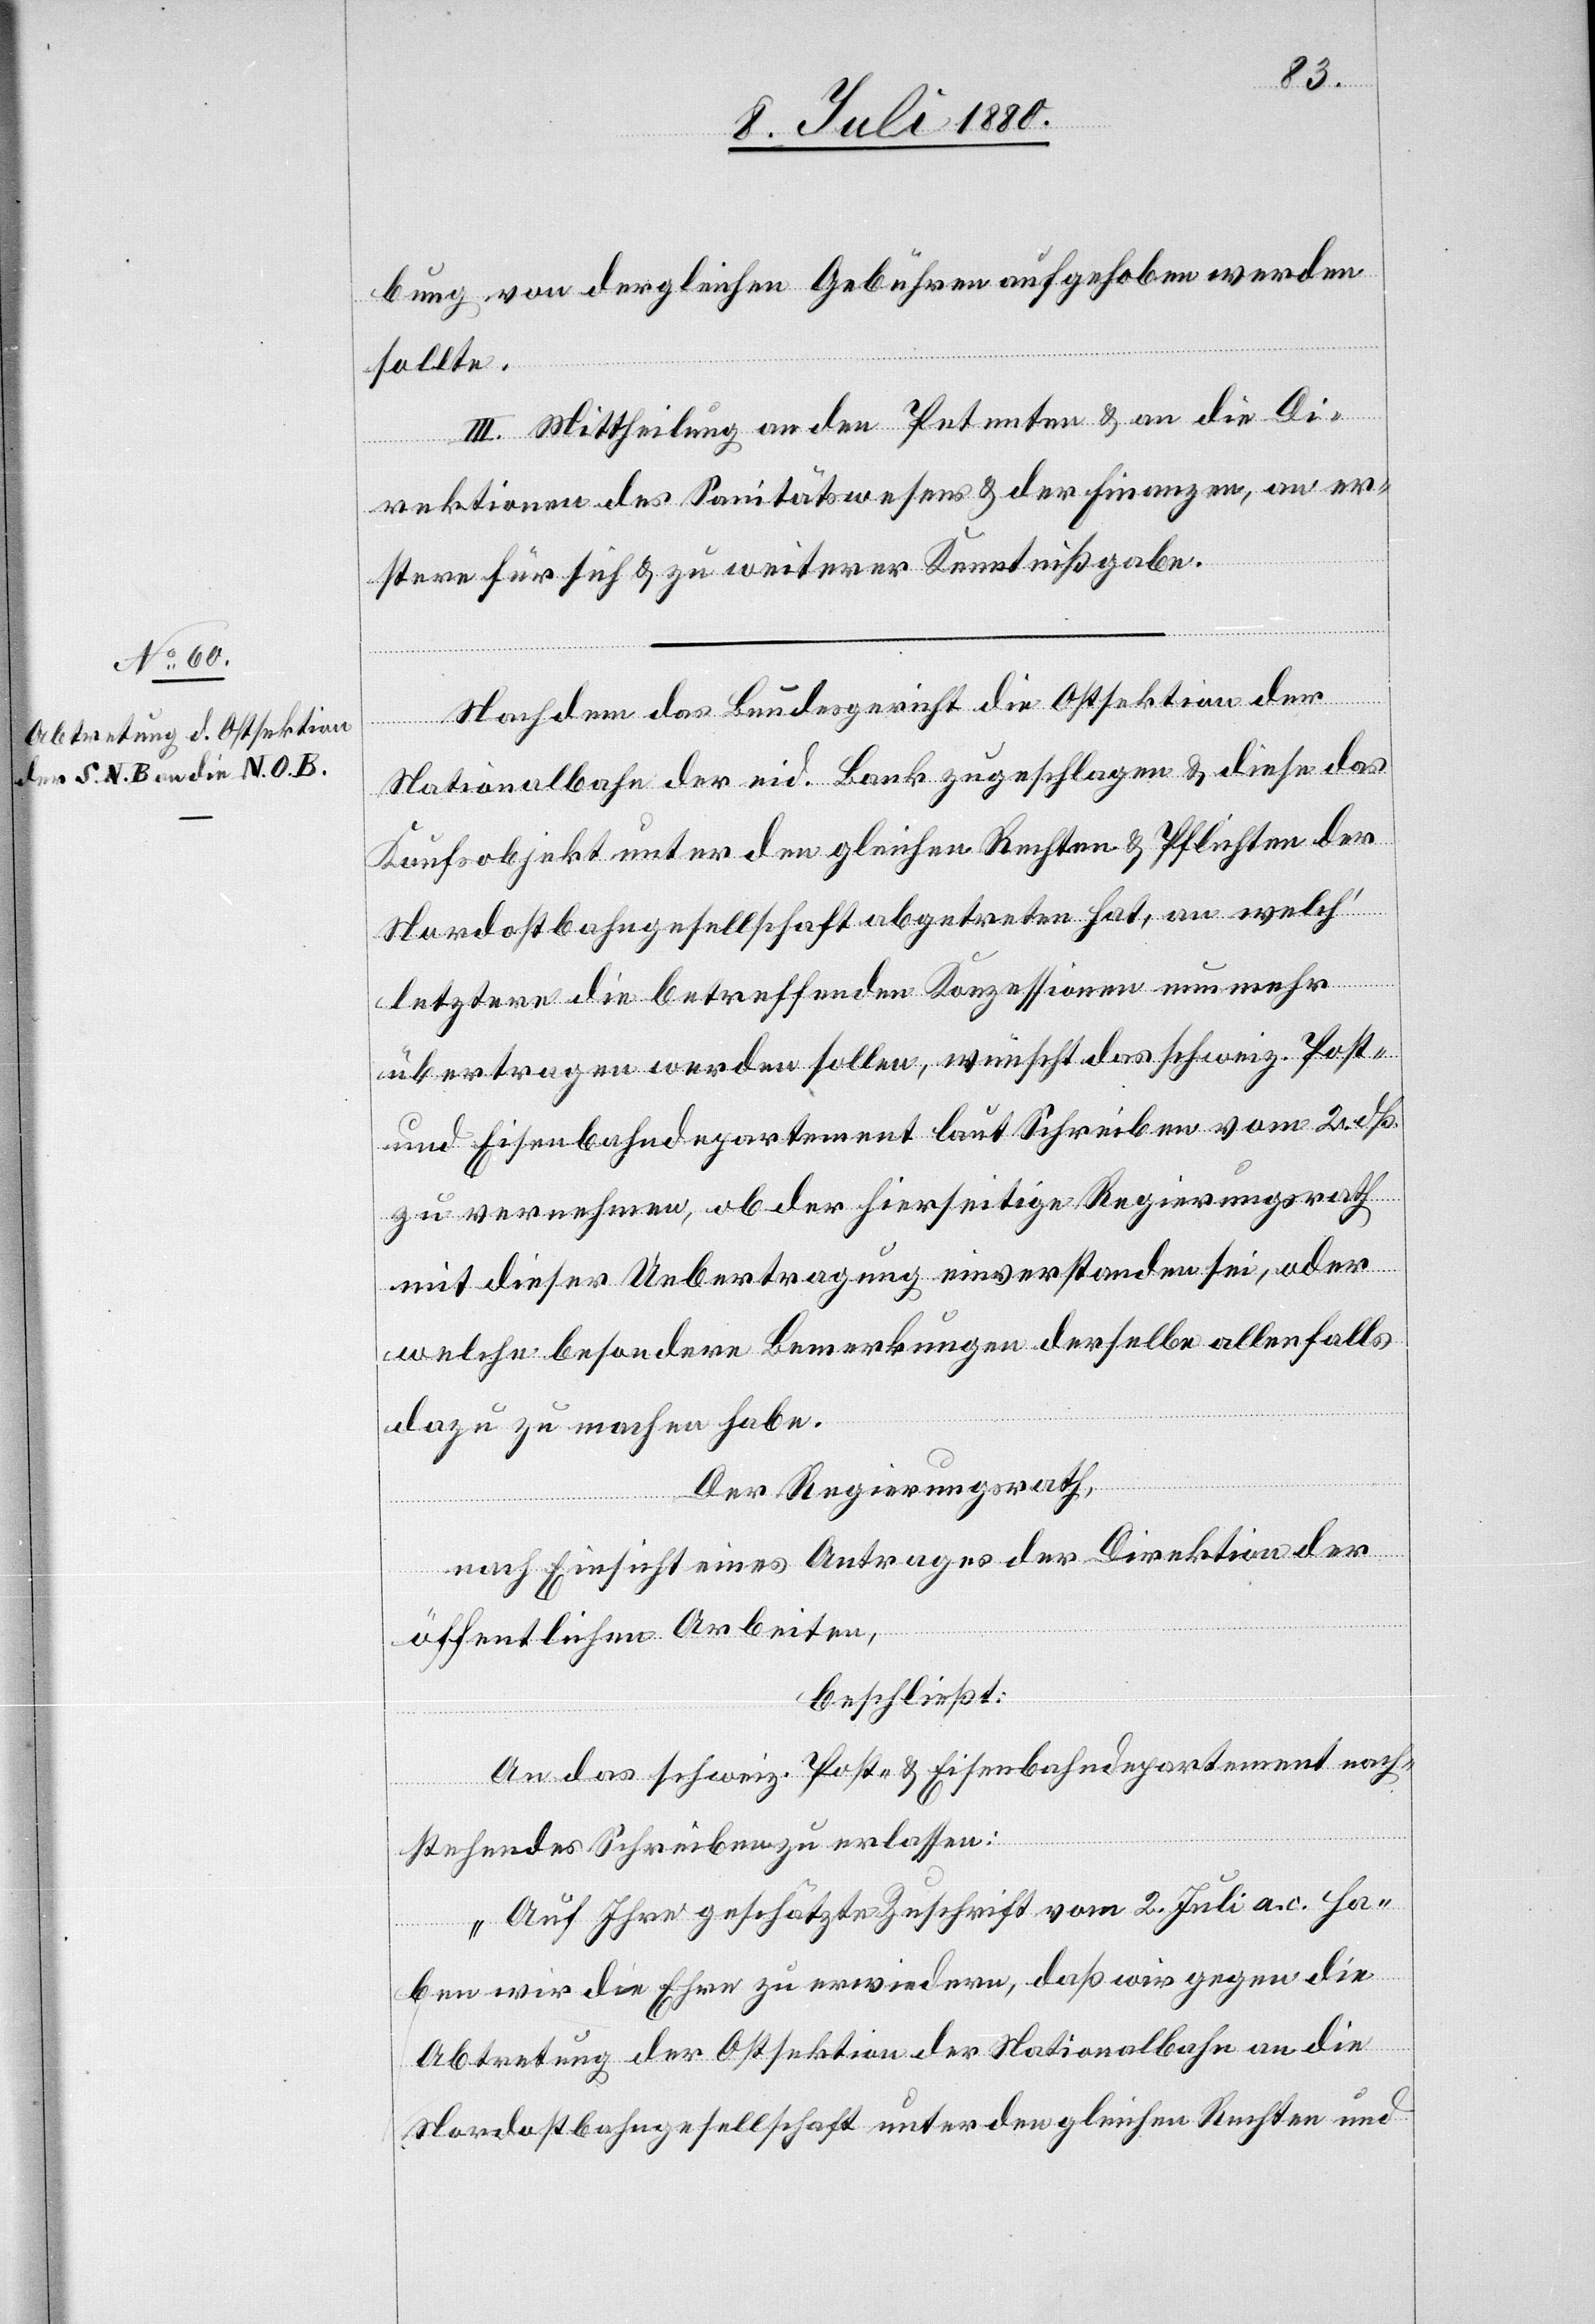
bung von dergleichen Gebühren aufgehoben werden
sollte.
III. Mittheilung an den Petenten & an die Di¬
rektionen des Sanitätswesens & der Finanzen, an er¬
stere für sich & zu weiterer Kenntnißgabe.
Nationalbahn der eid. Bank zugeschlagen & diese das
Kaufsobjekt unter den gleichen Rechten & Pflichten der
Nordostbahngesellschaft abgetreten hat, an welch‘
letztere die betreffenden Konzessionen nun mehr
übertragen werden sollen, wünscht das schweiz. Post-
und Eisenbahndepartement laut Schreiben vom 2. dß.
zu vernehmen, ob der hierseitige Regierungsrath
mit dieser Uebertragung einverstanden sei, oder
welche besondere Bemerkungen derselben allenfalls
dazu zu machen habe.
Der Regierungsrath,
nach Einsicht eines Antrages der Direktion der
öffentlichen Arbeiten,
beschließt:
An das schweiz. Post- und Eisenbahndepartement nach¬
stehendes Schreiben zu erlassen:
„Auf Ihre geschätzte Zuschrift vom 2. Juli a. c. ha¬
ben wir die Ehre zu erwiedern, daß wir gegen die
Abtretung der Ostsektion der Nationalbahn an die
Nordostbahngesellschaft unter den gleichen Rechten und